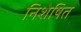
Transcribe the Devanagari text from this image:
निशेषित